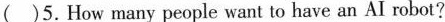
a( )5.How many people want to have an AI robot?